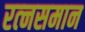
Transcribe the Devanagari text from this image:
रत्‍नसमान